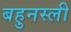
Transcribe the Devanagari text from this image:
बहुनस्ली